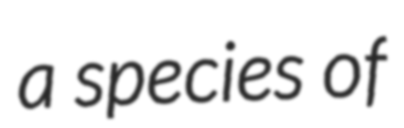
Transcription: a species of